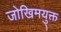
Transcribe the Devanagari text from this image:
जोखिमयु्क्त